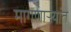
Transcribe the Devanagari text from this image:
मागणार्‍यांत